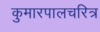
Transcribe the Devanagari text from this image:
कुमारपालचरित्र